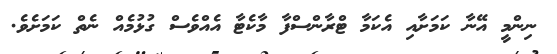
ނިންމީ އޭނާ ކަމަށާއި އެކަމާ ޓްރާންސްފާ މާކެޓާ އެއްވެސް ގުޅުމެއް ނެތް ކަމަށެވެ.